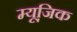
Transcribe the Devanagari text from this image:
म्यूजि़क